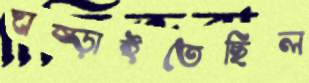
ঘষ্‌ড়াইতেছিল